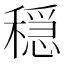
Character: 穏